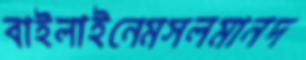
বাইলাইনেমসলমানদ